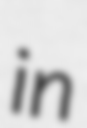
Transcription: in